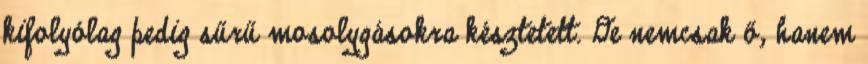
kifolyólag pedig sűrű mosolygásokra késztetett. De nemcsak ő, hanem